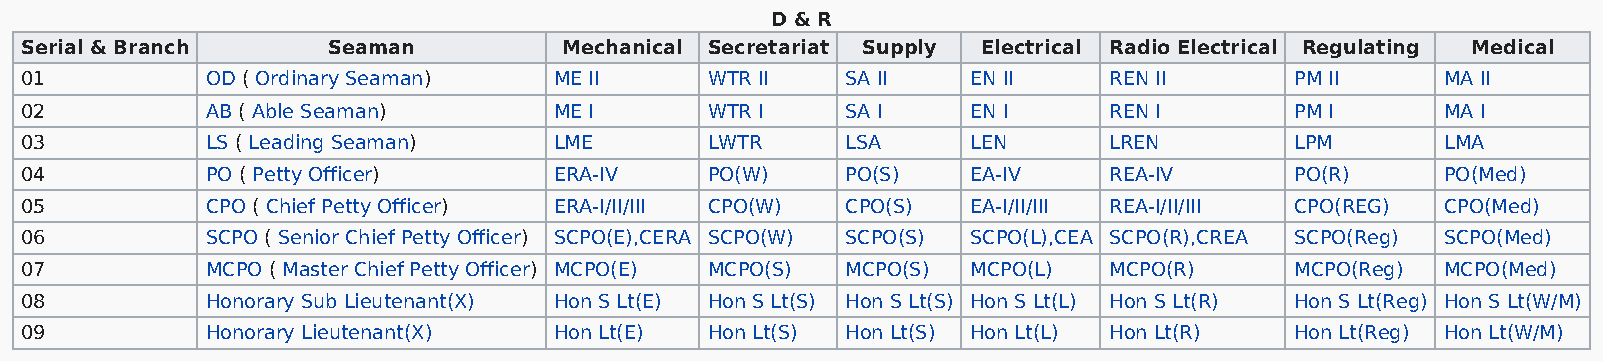
D & R
 Serial & Branch      Seaman         Mechanical Secretariat Supply Electrical Radio Electrical Regulating Medical
 01           OD ( Ordinary Seaman)  ME II     WTR II   SA II   EN II    REN II       PM II     MA II
 02           AB ( Able Seaman)      ME I      WTR I    SA I    EN I     REN I        PM I      MA I
 03           LS ( Leading Seaman)   LME       LWTR     LSA     LEN      LREN         LPM       LMA
 04           PO ( Petty Officer)    ERA-IV    PO(W)    PO(S)   EA-IV    REA-IV       PO(R)     PO(Med)
 05           CPO ( Chief Petty Officer) ERA-I/II/III CPO(W) CPO(S) EA-I/II/III REA-I/II/III CPO(REG) CPO(Med)
 06           SCPO ( Senior Chief Petty Officer) SCPO(E),CERA SCPO(W) SCPO(S) SCPO(L),CEA SCPO(R),CREA SCPO(Reg) SCPO(Med)
 07           MCPO ( Master Chief Petty Officer) MCPO(E) MCPO(S) MCPO(S) MCPO(L) MCPO(R) MCPO(Reg) MCPO(Med)
 08           Honorary Sub Lieutenant(X) Hon S Lt(E) Hon S Lt(S) Hon S Lt(S) Hon S Lt(L) Hon S Lt(R) Hon S Lt(Reg) Hon S Lt(W/M)
 09           Honorary Lieutenant(X) Hon Lt(E) Hon Lt(S) Hon Lt(S) Hon Lt(L) Hon Lt(R) Hon Lt(Reg) Hon Lt(W/M)